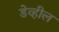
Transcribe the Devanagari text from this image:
डेव्हील